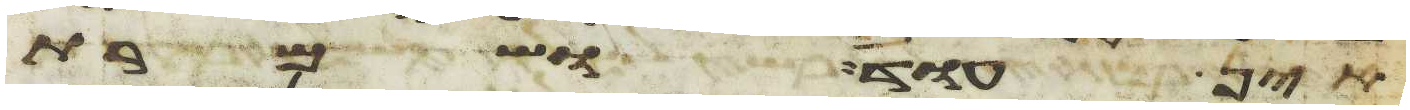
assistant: אין עוד ושמרת